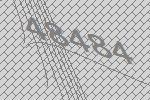
48484